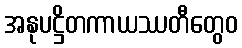
အနုပဋ္ဌိတကာယဿတီတွေဝ